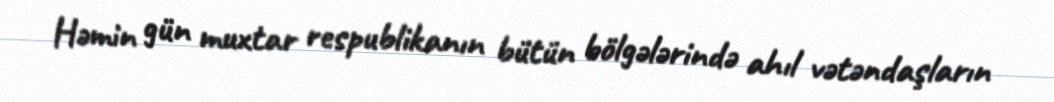
Həmin gün muxtar respublikanın bütün bölgələrində ahıl vətəndaşların